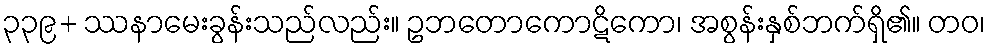
၃၃၉+ ဿနာမေးခွန်းသည်လည်း။ ဥဘတောကောဋိကော၊ အစွန်းနှစ်ဘက်ရှိ၏။ တဝ၊